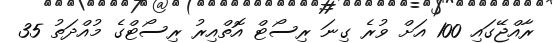
ރާއްޖޭގައި 100 އަށް ވުރެ ގިނަ ރިސޯޓް އޮތްއިރު ރިސޯޓްގެ މުއްދަތު 35